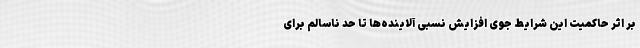
بر اثر حاکمیت این شرایط جوی افزایش نسبی آلاینده‌ها تا حد ناسالم برای